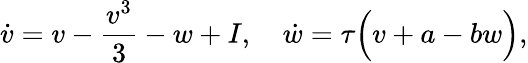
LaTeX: \dot{v}=v-\frac{v^{3}}{3}-w+I,\quad\dot{w}=\tau\Big(v+a-bw\Big),